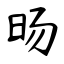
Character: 旸